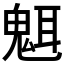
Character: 𬴿